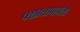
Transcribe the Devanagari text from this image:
पश्चात्तापहोतो